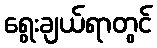
ရွေးချယ်ရာတွင်